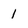
Character: 1